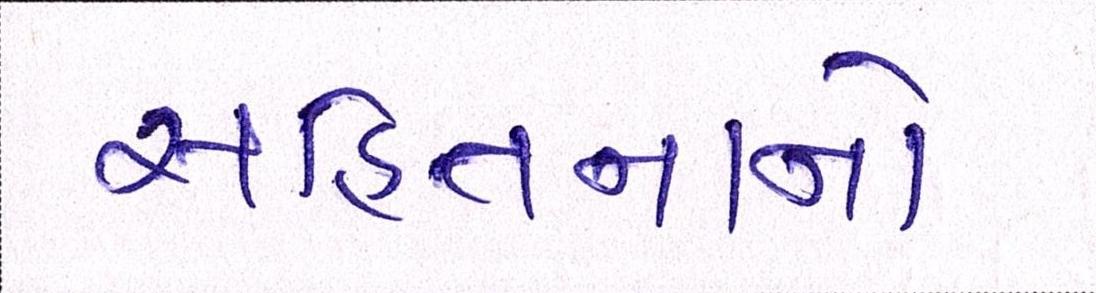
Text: સહિતનાનો